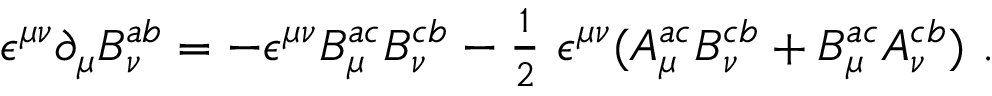
\epsilon ^ { \mu \nu } { \partial } _ { \mu } B _ { \nu } ^ { a b } = - \epsilon ^ { \mu \nu } B _ { \mu } ^ { a c } B _ { \nu } ^ { c b } - { \textstyle \frac 1 2 } ~ \epsilon ^ { \mu \nu } ( A _ { \mu } ^ { a c } B _ { \nu } ^ { c b } + B _ { \mu } ^ { a c } A _ { \nu } ^ { c b } ) ~ .